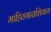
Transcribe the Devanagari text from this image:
माहितगाराशिवाय